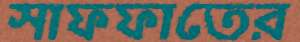
সাফফাতের